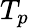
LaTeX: T_{p}